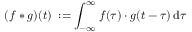
( f * g ) ( t ) \; : = \int _ { - \infty } ^ { \infty } f ( \tau ) \cdot g ( t - \tau ) \, \mathrm { d } \tau